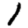
Digit: 1